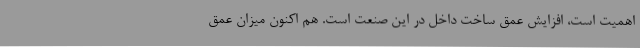
اهمیت است، افزایش عمق ساخت داخل در این صنعت است. هم اکنون میزان عمق